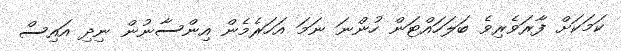
ކަމަކަށް ފާރަވެރިވެ ބަލަހައްޓަން ހުންނަ ނަމަ އަހަރެމެން އިންސާނުން ނިދި އައިސް